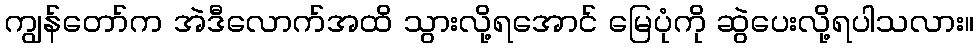
ကျွန်တော်က အဲဒီလောက်အထိ သွားလို့ရအောင် မြေပုံကို ဆွဲပေးလို့ရပါသလား။